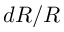
d R / R